Report on plague and inoculation in the Punjab from October 1st ... to September 30th..., being the ... season of plague in the province
Disease focus: Plague
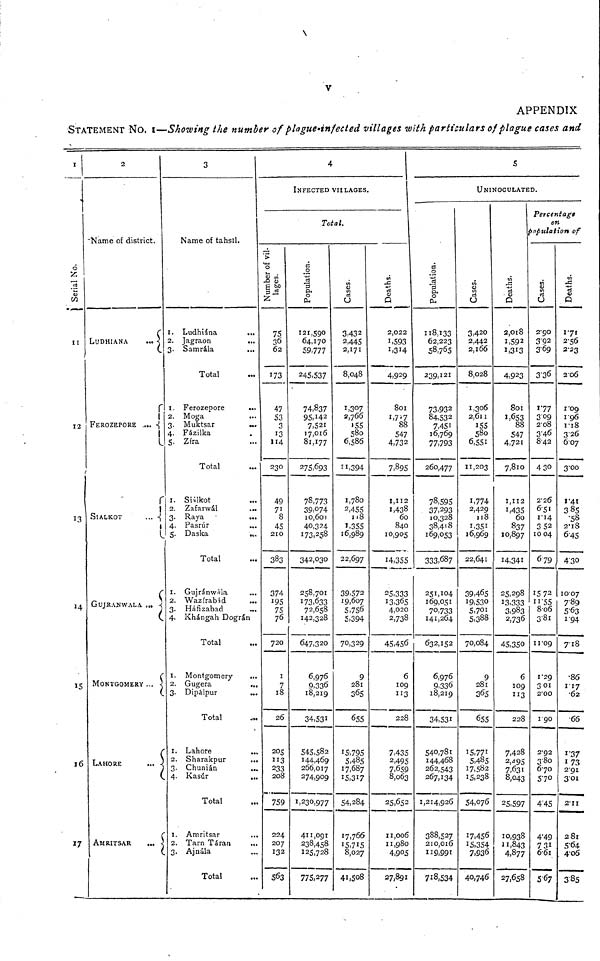
V
APPENDIX
STATEMENT NO. I—Showing the number of plague-infected villages with particulars of plague cases and
1
Serial No.
11
2
Name of district.
LUDHIANA
...
12
13
15
16
FEROZEPORE ....
SIALKOT
...
GUJRANWALA ...
MONTGOMERY ...
LAHORE
...
AMRITSAR
...
3
Name of tahsil.
1. Ludhiána
...
2. Jagraon
...
3. Samrála ...
Total
1. Ferozepore
...
2. Moga ...
3. Muktsar ...
4. Fázilka ...
5. Zíra ...
Total
1. Sillkot ...
2. Zafarwál
...
3. Raya ...
4. Pasrúr
...
5. Daska ...
Total
1. GujránWála ...
2. Wazírabád ...
3. Háfizabad ...
4. Khángah Dográn
Total ...
1. Montgomery ...
2. Gugera
...
3. Dipálpur
Total ...
1. Lahore
...
2. Sharakpur
...
3. Chunián ...
4. Kasúr
...
Total ...
1. Amritsar
...
2. Tarn Táran ...
3. Ajnála ...
Total ...
4
INFECTED VILLAGES.
Total.
Number of vil-
lages.
75
36
62
173
47
S3
3
13
114
230
49
71
8
45
210
383
374
195
75
76
720
1
7
18
26
205
113
233
208
759
224
207
132
563
Population.
121,590
64,170
59,777
245,537
74,837
95,142
7.521
17,016
81,177
275,693
78,773
39,074
10,601
40,324
173,258
342,030
258,701
173,633
72,658
142,328
647,320
6,976
9,336
18,219
34,531
545,582
144,469
266,017
274,909
1, 230,977
411,091
238,458
125,728
775,277
Cases.
3,432
2,445
2,171
8,048
1,307
2,766
.55
580
6,586
11,394
1,780
2,455
118
1,355
16,989
22,697
39,572
19,607
5,756
5,394
70,329
9
281
365
655
15,795
5,485
17,687
15,317
54,284
17,766
8,027
41,508
Deaths
2,022
1,593
1,314
4,929
801
1,727
88
547
4,732
7,895
1,112
1,438
60
840
10,905
14,355
25,333
13,365
4,020
2,738
45,456
6
109
113
228
7,435
2,495
7,659
8,063
25,652
11,006
11,980
4,905
27,891
5
UNINOCULATED.
Population
118,133
62,223
58,765
239,121
73,932
84,532
7,451
16,769
77,793
260,477
78,595
37,293
10,328
38,418
169,053
333,687
251,104
169,051
7°,733
141,264
632,152
6,976
9,336
18,219
34,531
540,781
144,468
262,543
267,134
1,214,926
388,527
210,016
119,991
718,534
Cases
3,420
2,442
2,166
8,028
1,306
2,611
155
580
6,551
11,203
1,774
2,429
118
1,351
16,969
22,641
39,465
19,530
5,701
5,388
70,084
9
281
365
655
15,771
5,485
17,582
15,238
54,076
17,456
15,354
7,936
40,746
Deaths
2,018
1,592
1,313
4,923
801
1.653
88
547
4,721
7,810
1,112
1,435
60
837
10,897
14,341
25,298
13,333
3,983
2,736
45,350
6
109
113
228
7,428
2,495
7,631
8,043
25,597
10,938
11,843
4,877
27,658
Percentage
on
Population of
Cases.
2.90
3.92
3.69
3.36
1.77
3.09
2.08
3.46
8.42
430
2.26
6.51
1.14
3 52
1004
6.79
1572
11.55
8.06
3.81
11.09
1.29
301
2.00
1 90
2.92
3.80
6.70
5.70
4.45
4.49
731
6.61
5.67
Deaths
1.71
2.56
2.23
2.06
1.09
1.96
1.18
3.26
607
3.00
1.41
385
.58
2.18
6.45
430
10.07
7.89
5.63
1.94
7.18
.86
1.17
.62
.66
1.37
1.73
2.91
3.01
2.11
281
5.64
4.06
3.85